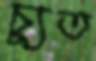
চ্যুত